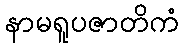
နာမရူပဇာတိကံ